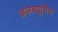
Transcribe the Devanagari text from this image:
अलब्यूमिन